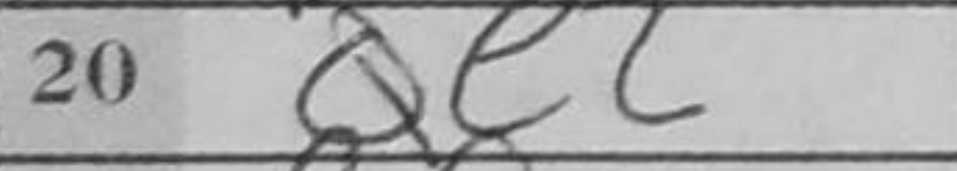
Transcription: Qe2